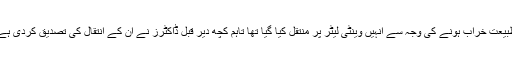
طبیعت خراب ہونے کی وجہ سے انہیں وینٹی لیٹر پر منتقل کیا گیا تھا تاہم کچھ دیر قبل ڈاکٹرز نے ان کے انتقال کی تصدیق کردی ہے۔